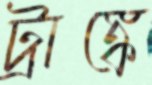
ট্রাঙ্কে